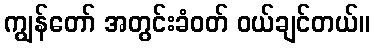
ကျွန်တော် အတွင်းခံဝတ် ဝယ်ချင်တယ်။